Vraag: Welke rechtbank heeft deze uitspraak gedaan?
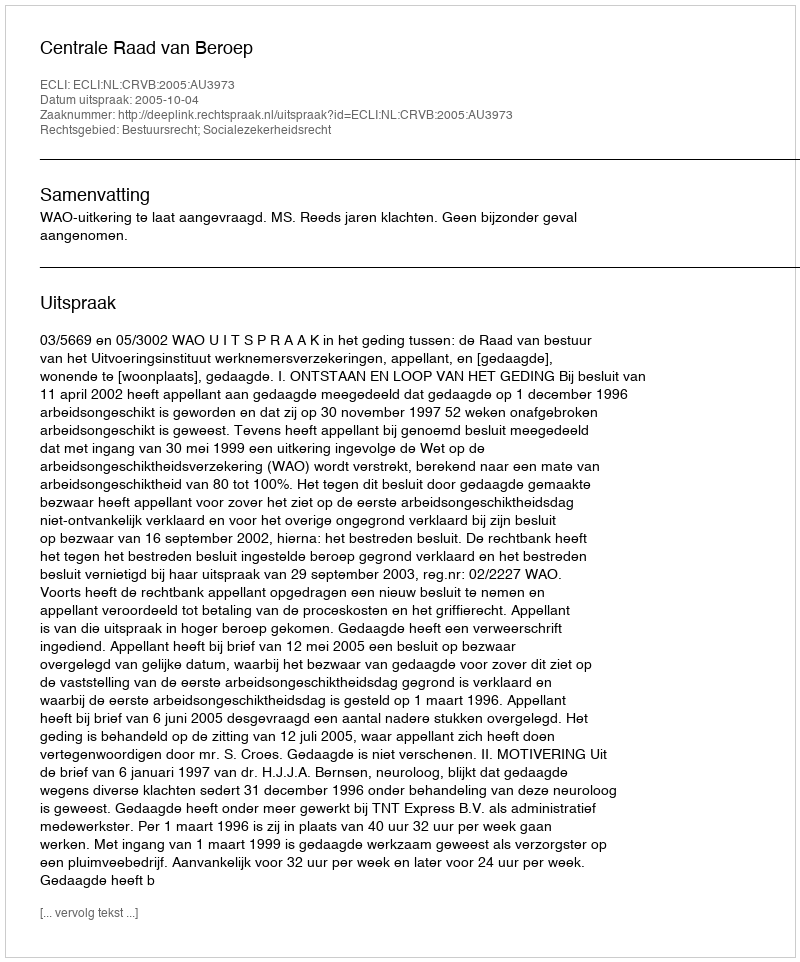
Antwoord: Centrale Raad van Beroep